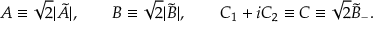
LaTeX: A \equiv \sqrt { 2 } | \tilde { A } | , \qquad B \equiv \sqrt { 2 } | \tilde { B } | , \qquad C _ { 1 } + i C _ { 2 } \equiv C \equiv \sqrt { 2 } \tilde { B } _ { - } .